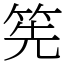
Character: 筅